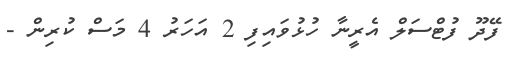
ފޭދޫ ފުޓްސަލް އެރީނާ ހުޅުވައިފި 2 އަހަރު 4 މަސް ކުރިން -